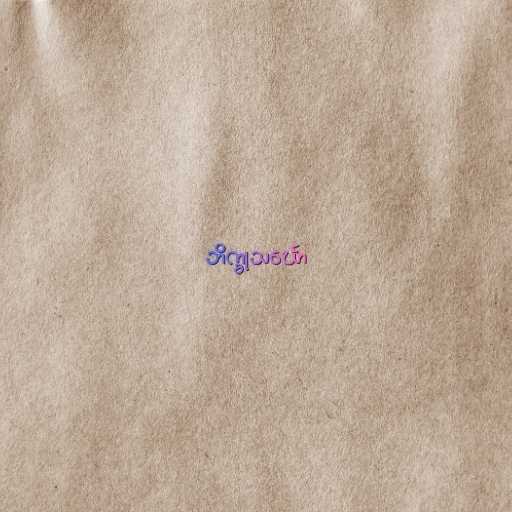
ဘိက္ခုသင်္ဃော